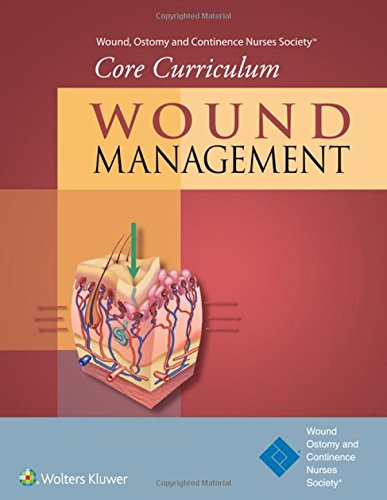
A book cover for Wound, Ostomy and Continence Nurses SocietyÂ® Core Curriculum: Wound Management; Ostomy and Continence Nurses SocietyÂ® Wound; Medical Books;